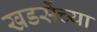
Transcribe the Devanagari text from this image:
खडसेंच्या